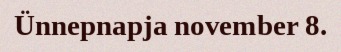
Ünnepnapja november 8.